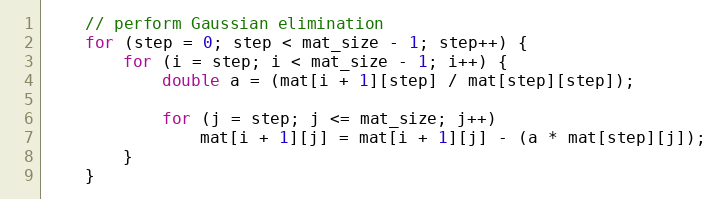
Language: C++
    // perform Gaussian elimination
    for (step = 0; step < mat_size - 1; step++) {
        for (i = step; i < mat_size - 1; i++) {
            double a = (mat[i + 1][step] / mat[step][step]);

            for (j = step; j <= mat_size; j++)
                mat[i + 1][j] = mat[i + 1][j] - (a * mat[step][j]);
        }
    }